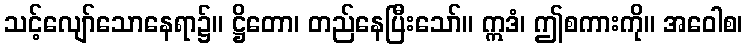
သင့်လျော်သောနေရာ၌။ ဋ္ဌိတော၊ တည်နေပြီးသော်။ ဣဒံ၊ ဤစကားကို။ အဝေါစ၊